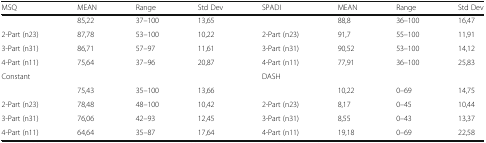
| MSQ | MEAN | Range | Std Dev | SPADI | MEAN | Range | Std Dev |
 | --- | --- | --- | --- | --- | --- | --- | --- |
 |  | 85,22 | 37–100 | 13,65 |  | 88,8 | 36–100 | 16,47 |
 | 2-Part (n23) | 87,78 | 53–100 | 10,22 | 2-Part (n23) | 91,7 | 55–100 | 11,91 |
 | 3-Part (n31) | 86,71 | 57–97 | 11,61 | 3-Part (n31) | 90,52 | 53–100 | 14,12 |
 | 4-Part (n11) | 75,64 | 37–96 | 20,87 | 4-Part (n11) | 77,91 | 36–100 | 25,83 |
 | <COLSPAN=4> Constant | <COLSPAN=4> DASH |
 |  | 75,43 | 35–100 | 13,66 |  | 10,22 | 0–69 | 14,75 |
 | 2-Part (n23) | 78,48 | 48–100 | 10,42 | 2-Part (n23) | 8,17 | 0–45 | 10,44 |
 | 3-Part (n31) | 76,06 | 42–93 | 12,45 | 3-Part (n31) | 8,55 | 0–43 | 13,37 |
 | 4-Part (n11) | 64,64 | 35–87 | 17,64 | 4-Part (n11) | 19,18 | 0–69 | 22,58 |